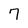
Character: 7